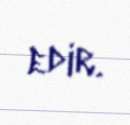
edir.